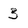
Character: 3